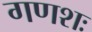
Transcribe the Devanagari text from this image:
गणशः